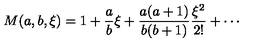
M ( a , b , \xi ) = 1 + { \frac { a } { b } } \xi + { \frac { a ( a + 1 ) } { b ( b + 1 ) } } { \frac { \xi ^ { 2 } } { 2 ! } } + \cdots